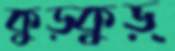
কুড়্‌কুড়্‌